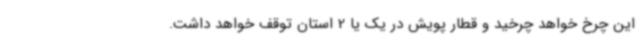
این چرخ خواهد چرخید و قطار پویش در یک یا 2 استان توقف خواهد داشت.